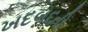
ખદબદતી